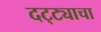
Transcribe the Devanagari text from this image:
दट्ट्याचा